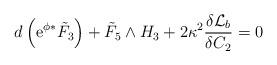
LaTeX: \begin{align*}d \left({\rm e}^{\phi} {}^* {\tilde{F}}_3 \right) + {\tilde{F}}_5\wedge H_3 + 2 \kappa^2 \frac{\delta {\cal{L}}_b}{\delta C_2}=0\end{align*}